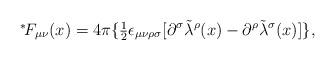
LaTeX: \begin{align*}\mbox{\mbox{}$^*\!$} F_{\mu\nu}(x) = 4 \pi \{\mbox{\small $\frac{1}{2}$}\epsilon_{\mu\nu\rho\sigma} [\partial^\sigma {\tilde \lambda}^\rho(x) - \partial^\rho {\tilde \lambda}^\sigma(x)]\},\end{align*}